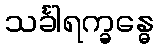
သင်္ခါရက္ခန္ဓေ